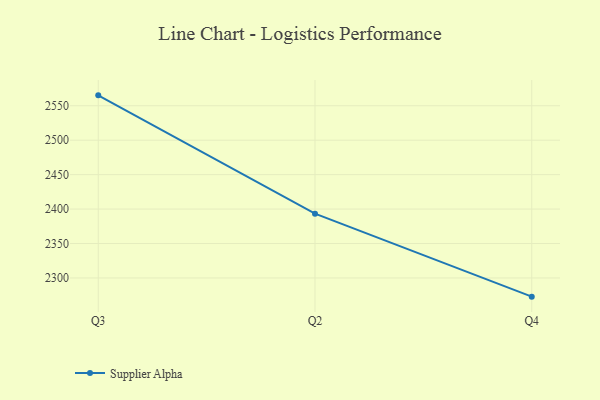
{"axis": {"x": "Quarter", "y": "Shipments"}, "legend": ["Supplier Alpha"], "data": [{"x": "Q3", "y": 2565.1, "type": "Supplier Alpha"}, {"x": "Q2", "y": 2393.3, "type": "Supplier Alpha"}, {"x": "Q4", "y": 2272.9, "type": "Supplier Alpha"}]}